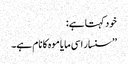
خود کہتا ہے:
’’سنسار اسی مایا موہ کا نام ہے۔